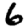
Digit: 6